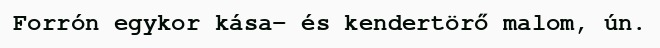
Forrón egykor kása- és kendertörő malom, ún.